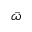
\bar { \omega }